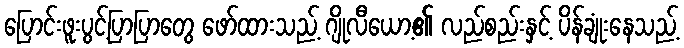
ပြောင်းဖူးပွင့်ပြာပြာတွေ ဖော်ထားသည့် ဂျိုလီယော့၏ လည်စည်းနှင့် ပိန်ချုံးနေသည့်